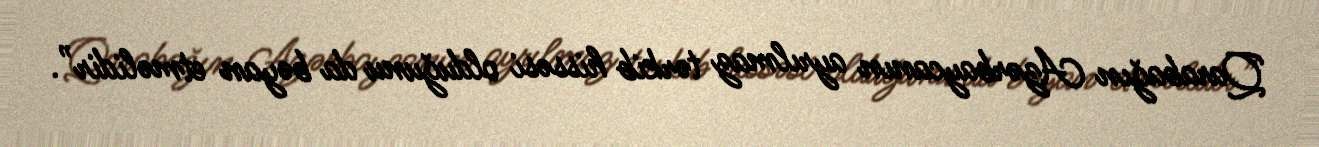
Qarabağın Azərbaycanın ayrılmaz tərkib hissəsi olduğunu da bəyan etməlidir”.